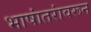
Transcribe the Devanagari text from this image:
भाषांतरांवरून